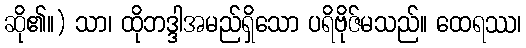
ဆို၏။) သာ၊ ထိုဘဒ္ဒါအမည်ရှိသော ပရိဗိုဇ်မသည်။ ထေရဿ၊